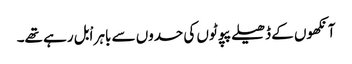
آنکھوں کے ڈھیلے پپوٹوں کی حدوں سے باہر اْبل رہے تھے۔